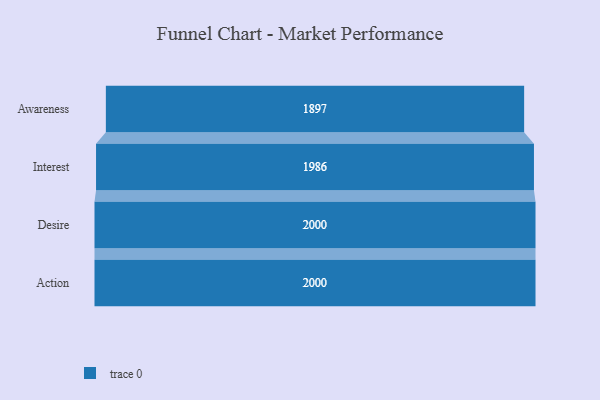
{"axis": {"x": "Stage", "y": "Value"}, "legend": [""], "data": [{"x": "Awareness", "y": 1897.0, "type": ""}, {"x": "Interest", "y": 1986.0, "type": ""}, {"x": "Desire", "y": 2000, "type": ""}, {"x": "Action", "y": 2000, "type": ""}]}